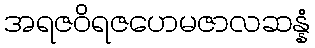
အရဇဝိရဇဟေမဇာလဆန္နံ